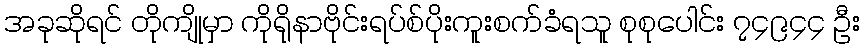
အခုဆိုရင် တိုကျိုမှာ ကိုရိုနာဗိုင်းရပ်စ်ပိုးကူးစက်ခံရသူ စုစုပေါင်း ၇၄၉၄၄ ဦး